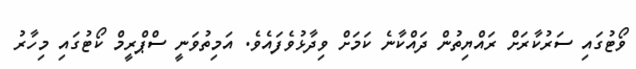
ވޯޓުގައި ސަރުކާރަށް ރައްޔިތުން ދައްކާނެ ކަމަށް ވިދާޅުވެފައެވެ. އަމިތުވަނީ ސްޕްރީމް ކޯޓުގައި މިހާރު